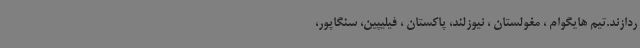
ردازند.تیم هایگوام ، مغولستان ، نیوزلند، پاکستان ، فیلیپین، سنگاپور،